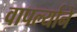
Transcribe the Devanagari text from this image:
वापर्ल्याने